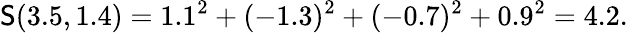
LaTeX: \mathsf{S}(3.5,1.4)=1.1^{2}+(-1.3)^{2}+(-0.7)^{2}+0.9^{2}=4.2.